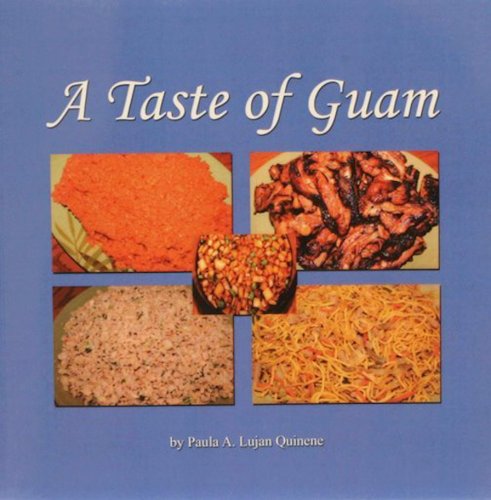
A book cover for A Taste of Guam; Paula Ann Lujan Quinene; Travel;